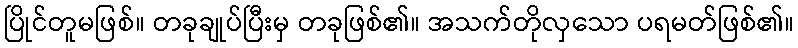
ပြိုင်တူမဖြစ်။ တခုချုပ်ပြီးမှ တခုဖြစ်၏။ အသက်တိုလှသော ပရမတ်ဖြစ်၏။